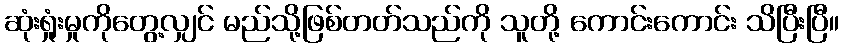
ဆုံးရှုံးမှုကိုတွေ့လျှင် မည်သို့ဖြစ်တတ်သည်ကို သူတို့ ကောင်းကောင်း သိပြီးပြီ။